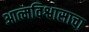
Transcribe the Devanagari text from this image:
आत्मविश्वासाचा